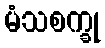
မံသစက္ခု